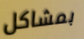
بمشاكل